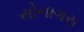
સોનાગરા